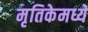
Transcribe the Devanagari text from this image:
मृतिकेमध्ये